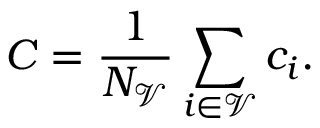
C = \frac { 1 } { N _ { \mathscr { V } } } \sum _ { i \in \mathscr { V } } c _ { i } .